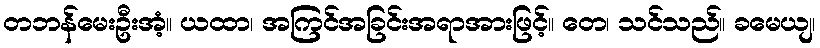
တဘန်မေးဦးအံ့။ ယထာ၊ အကြင်အခြင်းအရာအားဖြင့်။ တေ၊ သင်သည်။ ခမေယျ၊